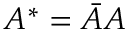
A ^ { * } = \bar { A } A